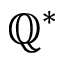
\mathbb { Q } ^ { * }